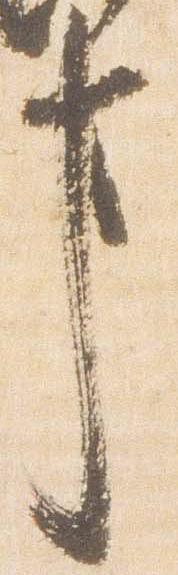
事